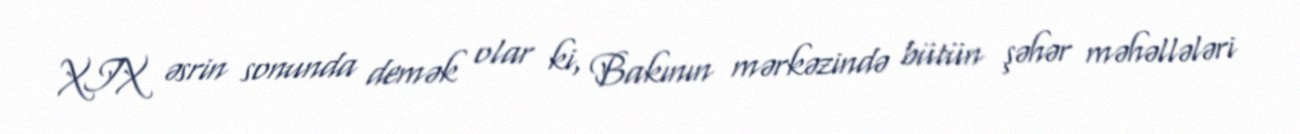
XIX əsrin sonunda demək olar ki, Bakının mərkəzində bütün şəhər məhəllələri